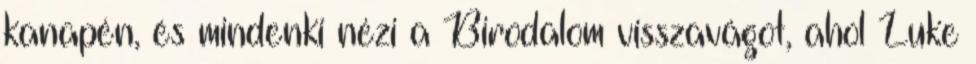
kanapén, és mindenki nézi a Birodalom visszavágot, ahol Luke